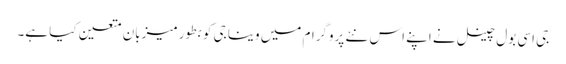
جی اسی بول چینل نے اپنے اس نئے پروگرام میں وینا جی کو بطور میزبان متعین کیا ہے۔